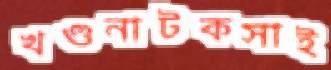
খণ্ডনাটকসাই